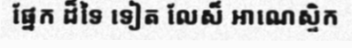
ផ្នែក ដ៏ទៃ ទៀត លែស៏ អាណេស្ទិក